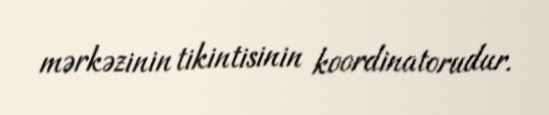
mərkəzinin tikintisinin koordinatorudur.